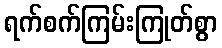
ရက်စက်ကြမ်းကြုတ်စွာ